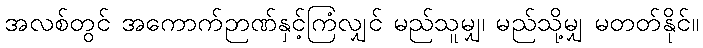
အလစ်တွင် အကောက်ဉာဏ်နှင့်ကြံလျှင် မည်သူမျှ၊ မည်သို့မျှ မတတ်နိုင်။